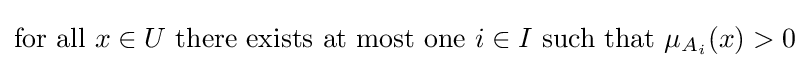
{\text{for all }}x\in U{\text{ there exists at most one }}i\in I{\text{ such that }}\mu _{A_{i}}(x)>0